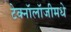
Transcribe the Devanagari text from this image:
टेक्नॉलॉजीमधे